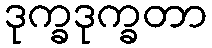
ဒုက္ခဒုက္ခတာ